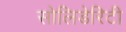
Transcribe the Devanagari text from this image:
सोलिडेरिटी